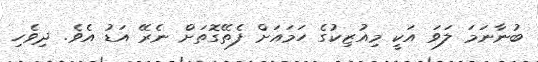
ބުނާނަމަ ލަވަ އަކީ މިއުޒިކުގެ ހަމައަށް ފެތޭގޮތަށް ނެރޭ އަޑު އެވެ. ދިވެހި